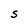
Character: S